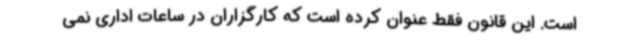
است. این قانون فقط عنوان کرده است که کارگزاران در ساعات اداری نمی